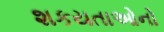
શકયતાઓનો